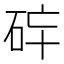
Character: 𱳶